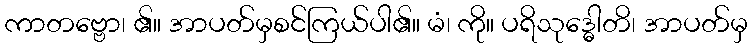
ကာတဗ္ဗော၊ ၏။ အာပတ်မှစင်ကြယ်ပါ၏။ မံ၊ ကို။ ပရိသုဒ္ဓေါတိ၊ အာပတ်မှ